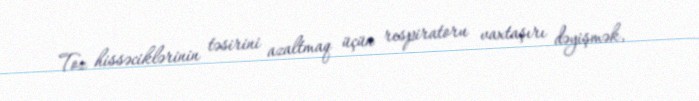
Toz hissəciklərinin təsirini azaltmaq üçün respiratoru vaxtaşırı dəyişmək,